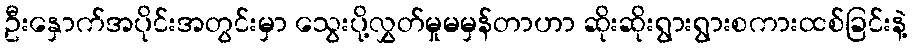
ဦးနှောက်အပိုင်းအတွင်းမှာ သွေးပို့လွှတ်မှုမမှန်တာဟာ ဆိုးဆိုးရွားရွားစကားထစ်ခြင်းနဲ့